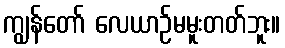
ကျွန်တော် လေယာဉ်မမူးတတ်ဘူး။